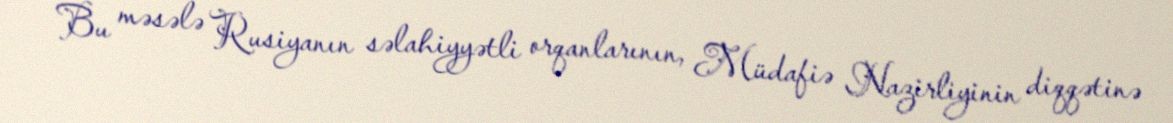
Bu məsələ Rusiyanın səlahiyyətli orqanlarının, Müdafiə Nazirliyinin diqqətinə